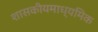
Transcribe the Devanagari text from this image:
शासकीयमाध्यमिक